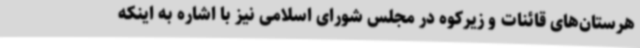
هرستان‌های قائنات و زیرکوه در مجلس شورای اسلامی نیز با اشاره به اینکه